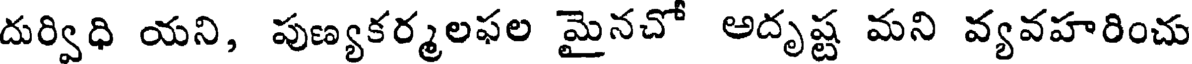
దుర్విధి యని, పుణ్యకర్మలఫల మైనచో అదృష్ట మని వ్యవహరించు